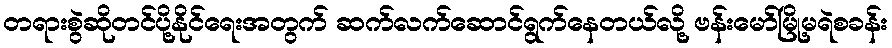
တရားစွဲဆိုတင်ပို့နိုင်ရေးအတွက် ဆက်လက်ဆောင်ရွက်နေတယ်လို့ ဗန်းမော်မြို့မရဲစခန်း